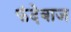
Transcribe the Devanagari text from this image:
फंदेबाज